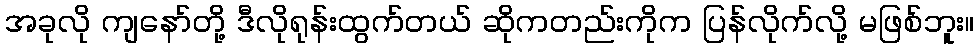
အခုလို ကျနော်တို့ ဒီလိုရုန်းထွက်တယ် ဆိုကတည်းကိုက ပြန်လိုက်လို့ မဖြစ်ဘူး။